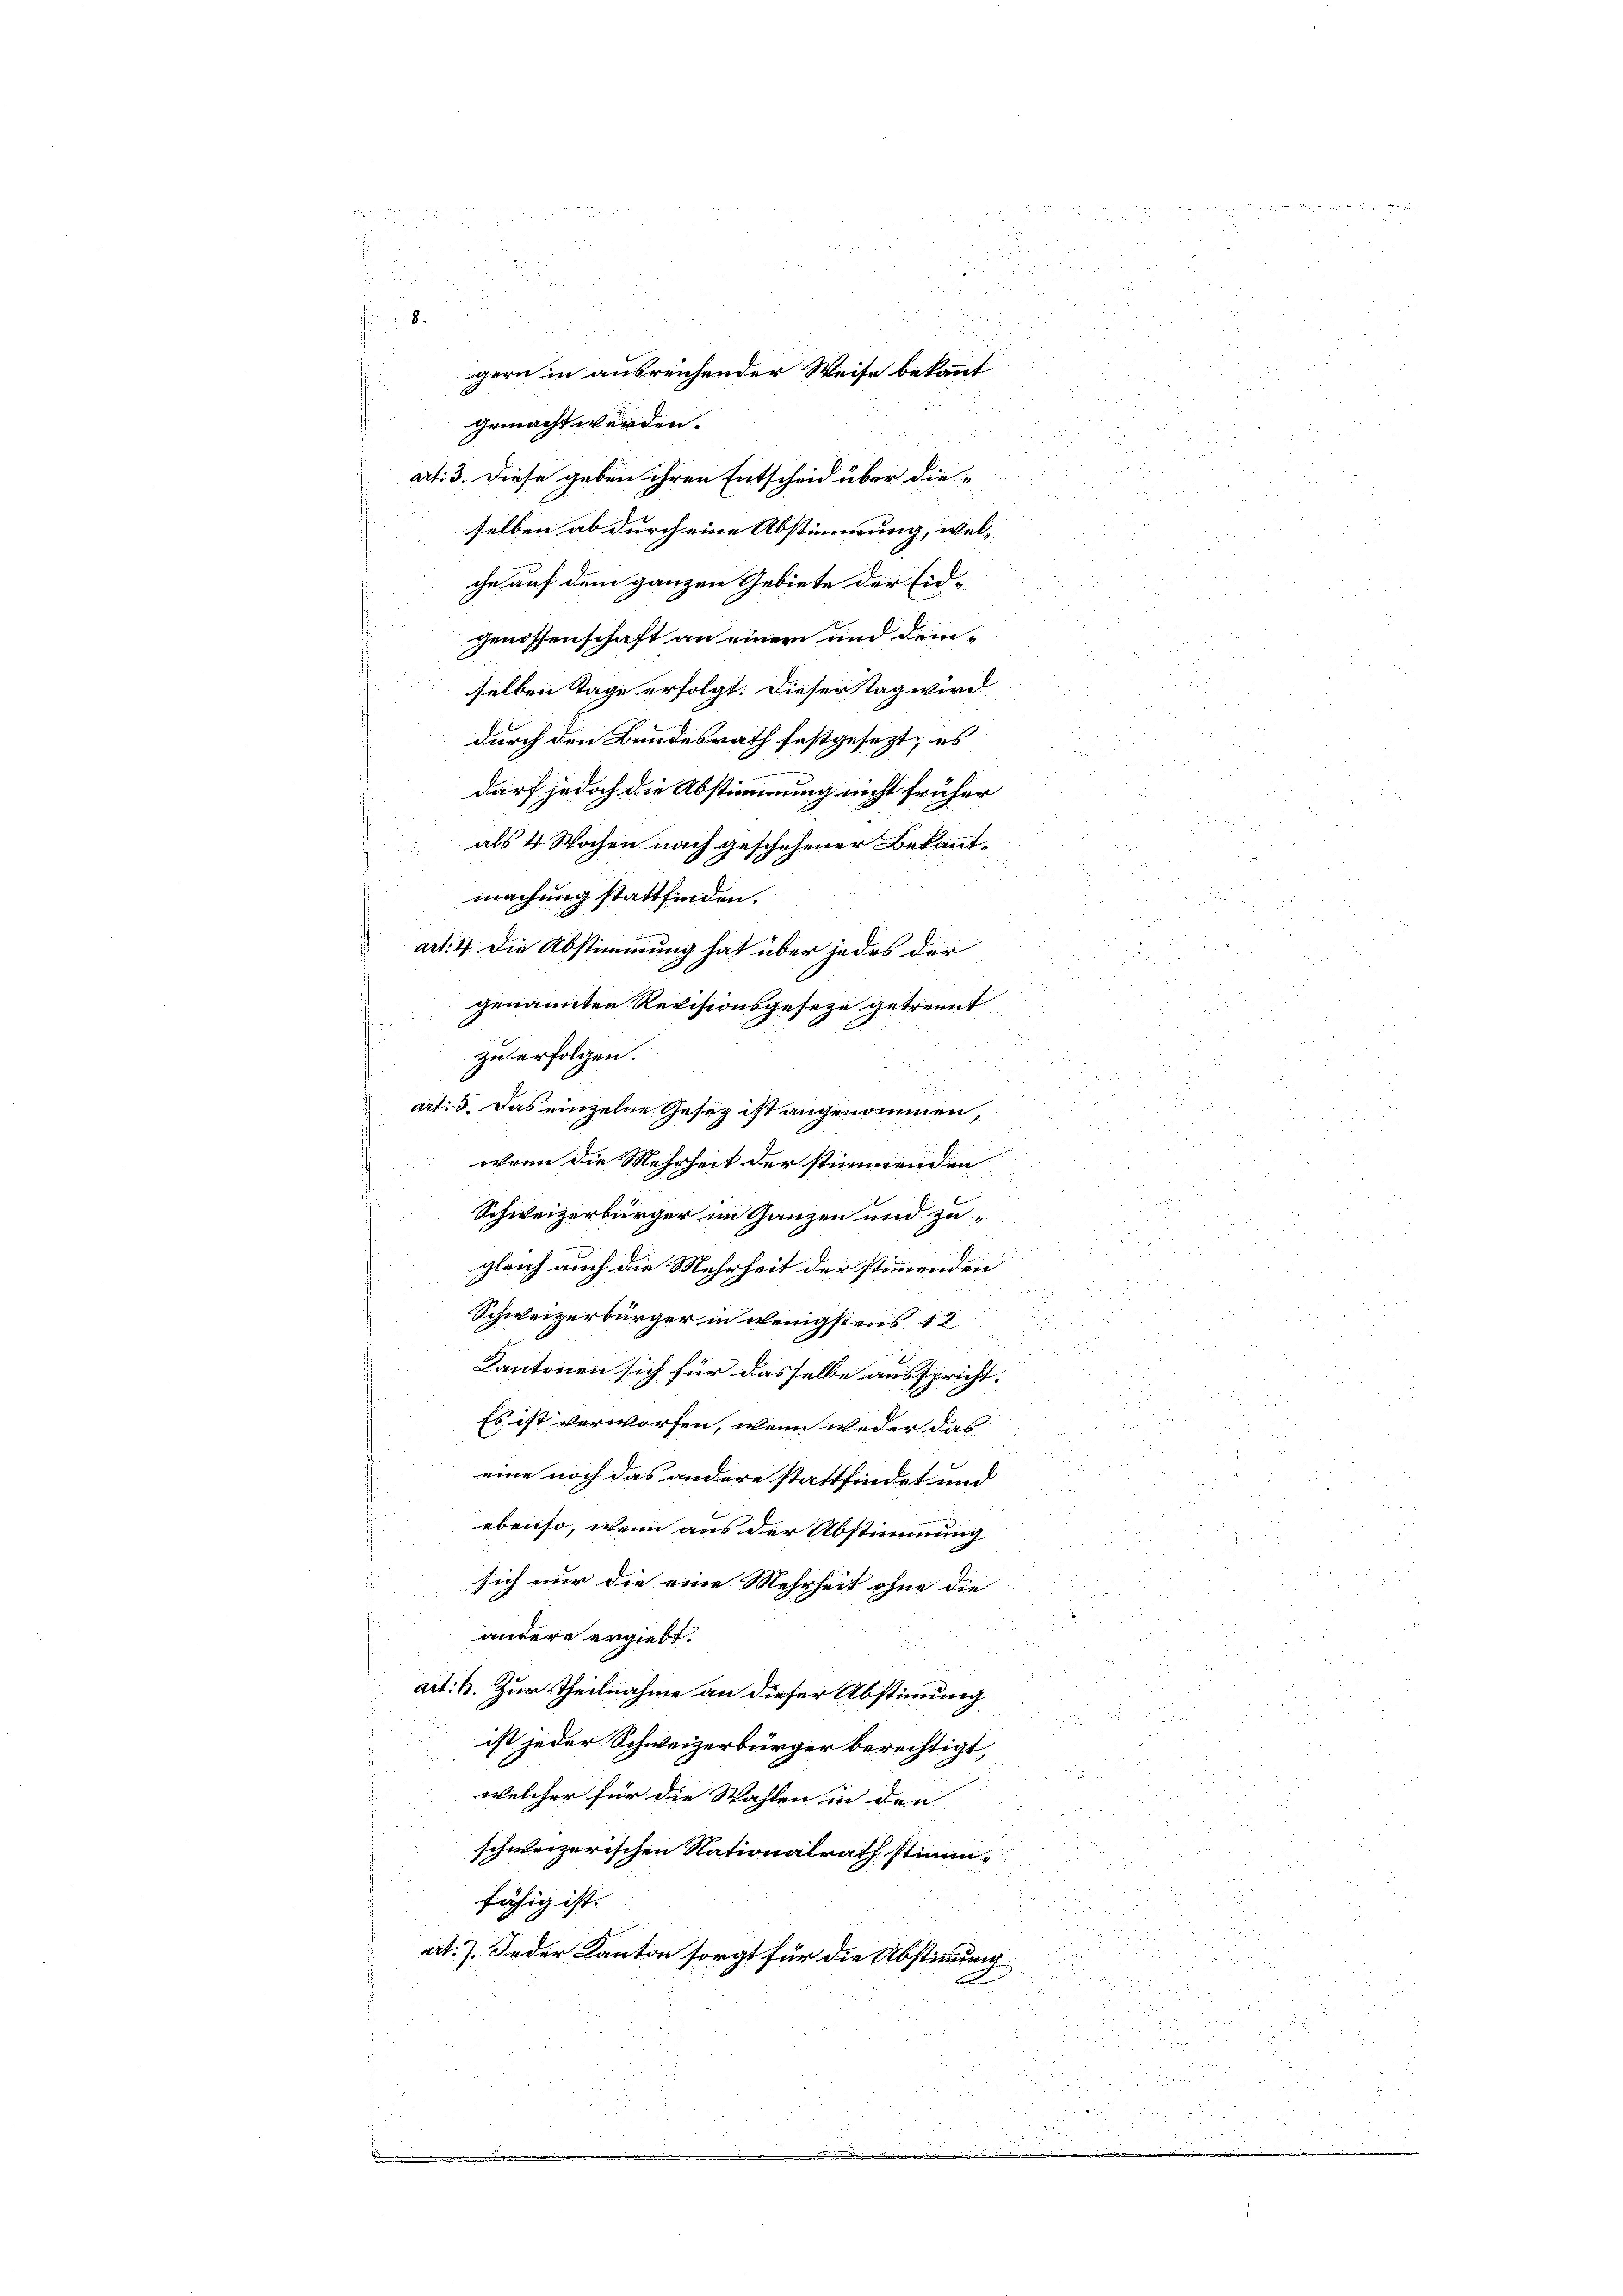
.
r
 8

.

u
.
d
u
u
H
a

gern in ausreichender Weise bekannt
3
gemacht werden.
u
art: 3. Diese geben ihren Entscheid über die

i

selben ab durch eine Abstimmung, welche auf dem ganzen Gebiete der Eid¬
Genossenschaft an einem und demselben Tage erfolgt. Dieser Tag wird
durch den Bundesrath festgesezt; es
darf jedoch die Abstimmung nicht früher
als 4 Wochen nach geschehener Bekannt¬
¬
.
art: 4. die Abstimmung hat über in des der
genannten Revisionsgeseze getrennt
o
1
art: 5. Das einzelne Gesetz ist angenommen,

u
 52 x
wenn die Mehrheit der stimmenden
52

Schweizerbürger im Ganzen und zu¬

d
 5 f 0 x

.
gleich auch die Mehrheit der stimmenden

.
a

Schweizerbürger in wenigstens 11
u
 x

Kantonen sich für dasselbe ausspricht.
i
d
 f 20 x
Es ist verworfen, wenn weder das
25 x

eine noch das andere stattfindet und
5
55
ebenso, wenn aus der Abstimmung
sich nur die eine Mehrheit ohne die

232
u
andere ergiebt

 28

act: B. Zur Theilnahme an dieser Abstimmung
u
.

.
ist jeder Schweizerbürger berechtigt,
25

welcher für die Wahlen in den |

d d 12 x

i
schweizerischen Nationalrath stimm-
a 1 f 0 x
.
fähig ist. |
at. 7. Jeder Kanton sorat für die Abstimmung

r
i

 90

2

.
u

zu erfolgen.

machung stattfinden.

r
d